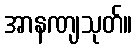
အာနဏျသုတ်။